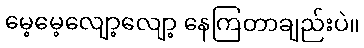
မေ့မေ့လျော့လျော့ နေကြတာချည်းပဲ။